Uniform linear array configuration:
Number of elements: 64
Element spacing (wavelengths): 0.25
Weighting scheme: hann
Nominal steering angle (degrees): -30
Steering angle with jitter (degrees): -31.748
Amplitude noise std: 0.05
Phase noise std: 0.05

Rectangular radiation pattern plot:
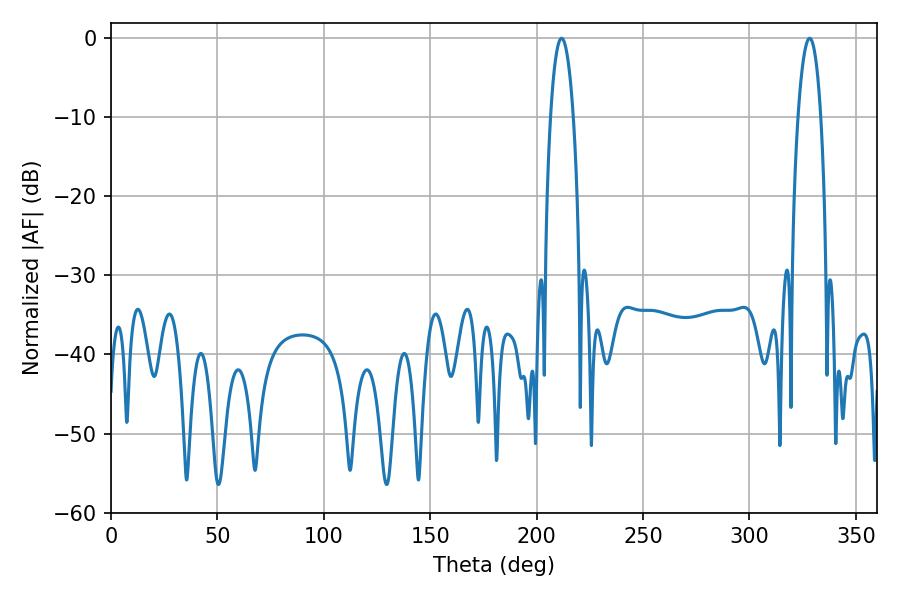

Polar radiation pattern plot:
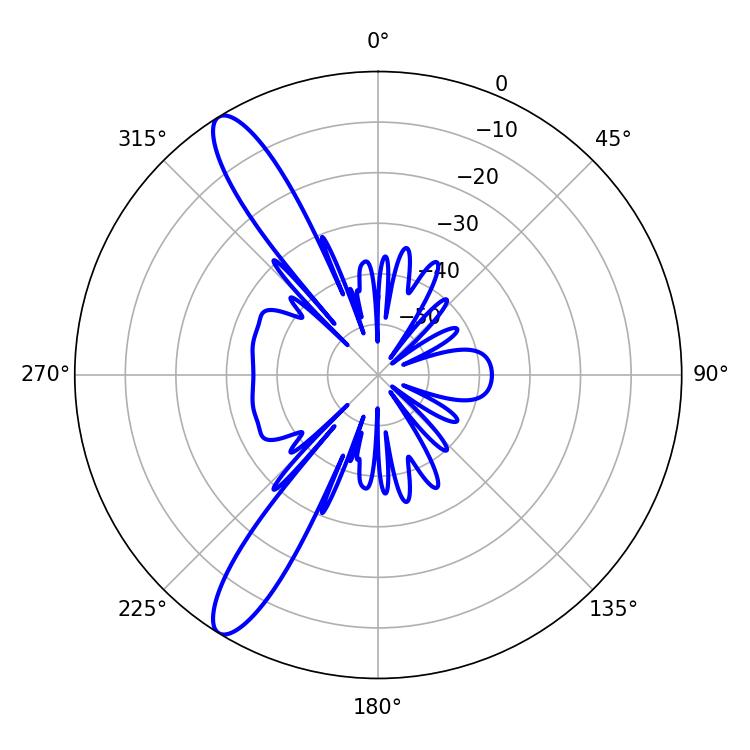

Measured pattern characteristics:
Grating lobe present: FALSE
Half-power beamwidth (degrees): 5.94
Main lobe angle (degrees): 211.68